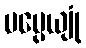
ပပ္ပေယျုံ